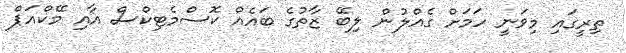
ތިރީގައި މިވަނީ ހަމަށް ގެއްލުން ލިބޭ ޒާތުގެ ބައެއް ކޮސްމެޓިކްސް އާއި މޭކްއަޕް